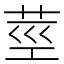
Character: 莖